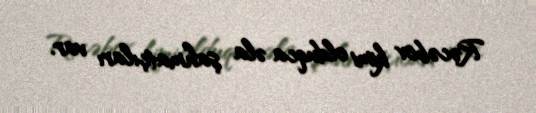
Rəcəbov kimi olduqca əla şahmatçıları var.